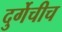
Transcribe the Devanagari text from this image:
दुर्गेचीच